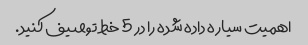
اهمیت سیاره داده شده را در 5 خط توصیف کنید.